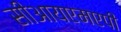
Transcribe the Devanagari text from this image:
सीआयएमएपी